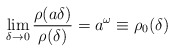
\begin{align*}\lim_{\delta \rightarrow 0} \frac{\rho (a\delta)}{\rho(\delta)}=a^\omega\equiv \rho_0(\delta) \end{align*}